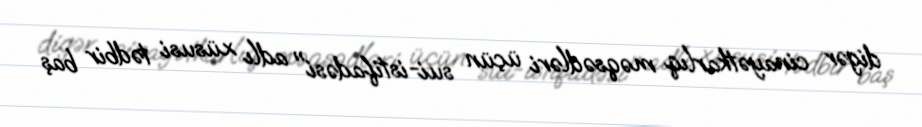
digər cinayətkarlıq məqsədləri üçün sui-istifadəsi" adlı xüsusi tədbir baş